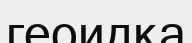
геоидқа